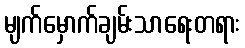
မျက်မှောက်ချမ်းသာရေးတရား